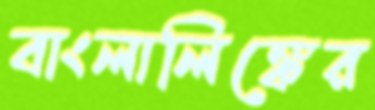
বাংলালিঙ্কের